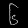
Digit: ၆